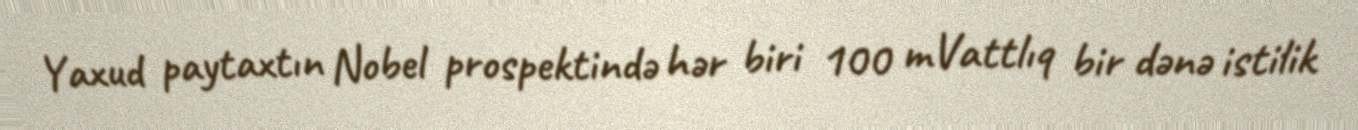
Yaxud paytaxtın Nobel prospektində hər biri 100 mVattlıq bir dənə istilik